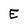
Character: E